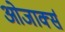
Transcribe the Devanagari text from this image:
ओजार्क्स